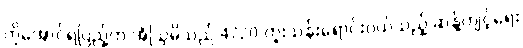
ကိုအောင်ရဲပြည့်က အံဩမိသည် 4720 ကူးသန်းရောင်းဝယ်သည့် ဆန့်ကျင့်ရေး